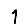
Digit: 1